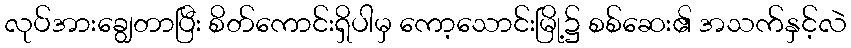
လုပ်အားချွေတာပြီး စိတ်ကောင်းရှိပါမှ ကော့သောင်းမြို့၌ စစ်ဆေး၏ အသက်နှင့်လဲ